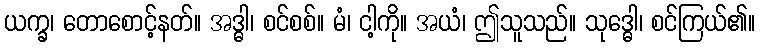
ယက္ခ၊ တောစောင့်နတ်။ အဒ္ဓါ၊ စင်စစ်။ မံ၊ ငါ့ကို။ အယံ၊ ဤသူသည်။ သုဒ္ဓေါ၊ စင်ကြယ်၏။